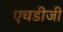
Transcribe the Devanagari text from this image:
एचडीजी